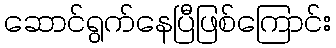
ဆောင်ရွက်နေပြီဖြစ်ကြောင်း